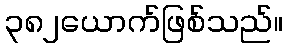
၃၈၂ယောက်ဖြစ်သည်။